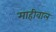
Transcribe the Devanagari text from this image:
माहीवाल